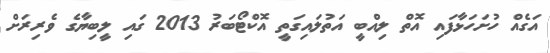
އަގެއް ހުށަހަޅާފައި އޮތް ލިއްބީ އަތުލައިގަތީ އޮކްޓޯބަރު 2013 ގައި ލީބިޔާގެ ވެރިރަށް